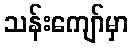
သန်းကျော်မှာ